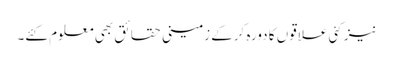
نیز کئی علاقوں کا دورہ کرکے زمینی حقائق بھی معلوم کئے۔